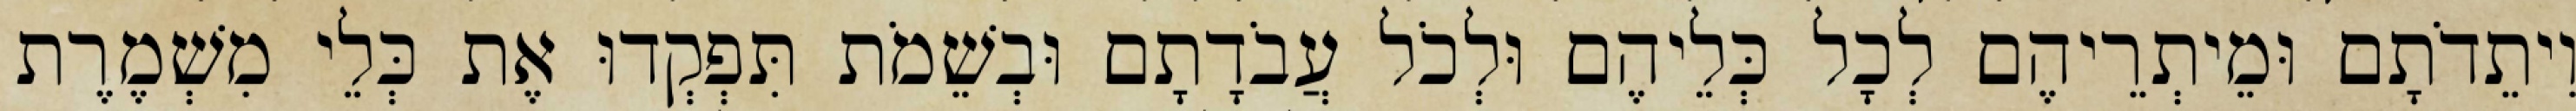
וִיתֵדֹתָם וּמֵיתְרֵיהֶם לְכָל כְּלֵיהֶם וּלְכֹל עֲבֹדָתָם וּבְשֵׁמֹת תִּפְקְדוּ אֶת כְּלֵי מִשְׁמֶרֶת